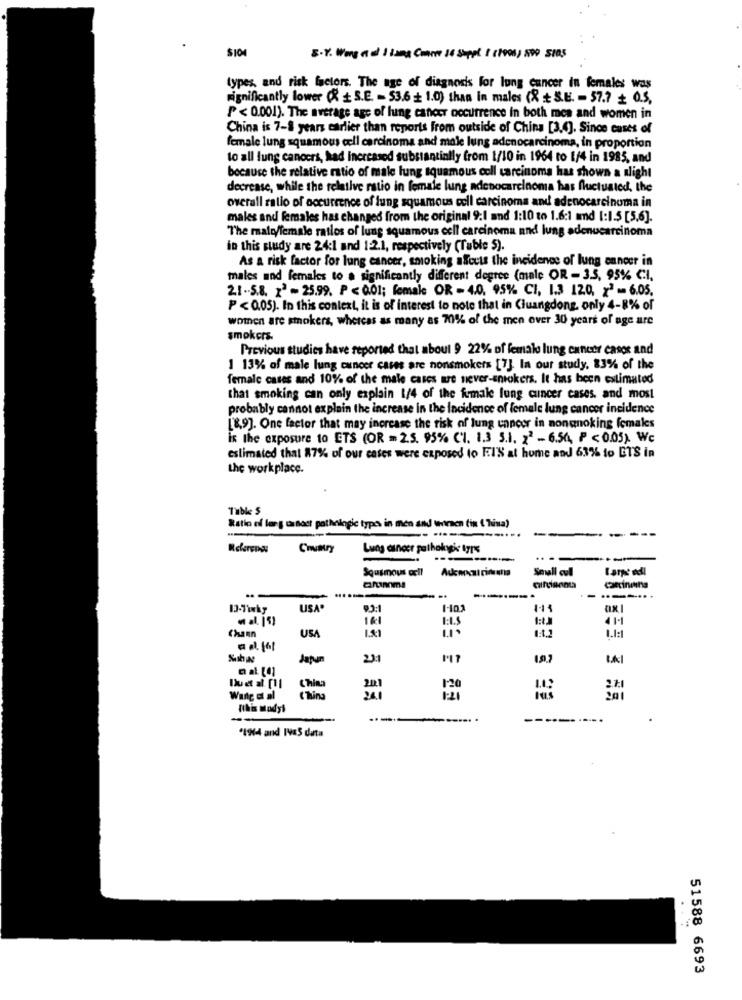
E-Y. Wong a al J Lang Corre 14 Sappl : (1000) 899 5005
types, and risk factors. The age of diagnosis for lung cancer in females was
significantly lower (R + S.E. - 53.6 + 1.0) than in males (X +S.E. - 57.7 + 0.5,
P < 0.001). The average age of lung cancer occurrence in both men and women in
China is 7-8 years earlier than reports from outside of China [3.4]. Since cases of
female lung squamous cell carcinoma and male lung adenocarcinoma, in proportion
to all lung cancers, had increased substantially from 1/10 in 1964 to 1/4 in 1985, and
because the relative ratio of male lung squamous cell carcinoma has shown a alight
decrease, while the relative ratio in female lung adenocarcinoma has fluctuated, the
overall ratio of occurrence of lung squamous cell carcinoma and adenocarcinoma in
males and females has changed from the original 9:1 and 1:10 to 1.6:1 and 1:1.5 [5.6].
The malo/female ratlos of lung squamous cell carcinoma and lung adenocarcinoma
in this study are 24:1 and 1:2.1, respectively (Tuble 5).
As a risk factor for lung cancer, smoking affects the incidence of lung cancer in
males and females to a significantly different degree (male OR - 3.5, 95% CI,
2.1-5.8. 12 - 25.99. P < 0.01; female OR - 4.0, 95% CI, 1.3 120. x2 - 6.05.
P < 0.05). In this context, it is of interest to note that in Ciuangdong, only 4-8% of
women are smokers, whereas as many as 70% of the men over 30 years of age are
smokers.
Previous studies have reported that about 9 22% of female lung cancer casos and
1 13% of male lung cancer cases are nonsmokers [7]. In our study, 83% of the
female cases and 10% of the male cases we never-smokers. It has been estimated
that smoking can only explain 1/4 of the female fung cuncer cases, and most
probably cannot explain the increase in the incidence of female lung cancer incidence
[8,9]. One factor that may increase the risk of lung cancer in nonenoking females
is the exposure to ETS (OR = 2.5. 95% ('I. 1.3 5.1. 22 - 6.54, P < 0.05). Wc
estimated that 87% of our cases were exposed to FI'S at home and 63%% to GTS in
the workplace.
Table $
Ratio of lung tasost pathologic types in men and women in ( Tuina)
.....
------
Referens:
Cnvary
Lung cancer pathologie tyre
...
-
Squamous cell
Soull cul
Larpe dell
Caccinitina
..-....
USA.
161
ILS
11-1
USA
1.81
1.1:1
Chann
23:1
China
2021
120
fikis modyt
--
-----..... .
-------
*194 and 1VaS data
51588 6693